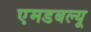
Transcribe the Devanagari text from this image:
एमडबल्यू